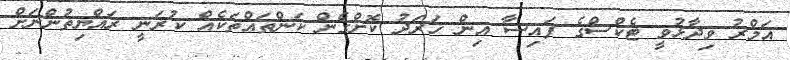
އަމްރު ވިދާޅުވީ ޓެކްސްގެ ފައިސާ އިން ޚަރަދު ކޮށްގެން ކަންތައްތަކެއް ކުރަނީ ރައްޔިތުންނަށް